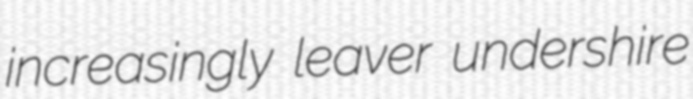
increasingly leaver undershire